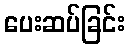
ပေးဆပ်ခြင်း